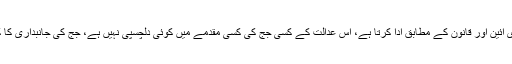
، اس عدالت کا ہرجج اپنی ذمہ داری آئین اور قانون کے مطابق ادا کرتا ہے، اس عدالت کے کسی جج کی کسی مقدمے میں کوئی دلچسپی نہیں ہے، جج کی جانبداری کا کہہ کر آپ غلط جانب جا رہے ہیں۔